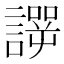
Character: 𰵆